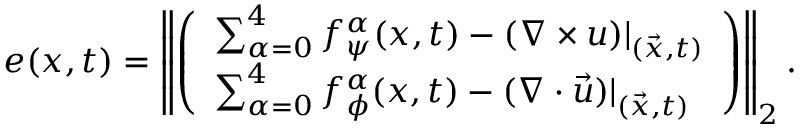
e ( \boldsymbol { x } , t ) = \left\lVert \left( \begin{array} { l } { \sum _ { \alpha = 0 } ^ { 4 } f _ { \psi } ^ { \alpha } ( \boldsymbol { x } , t ) - ( \nabla \times \boldsymbol { u } ) \vert _ { ( \vec { x } , t ) } } \\ { \sum _ { \alpha = 0 } ^ { 4 } f _ { \phi } ^ { \alpha } ( \boldsymbol { x } , t ) - ( \nabla \cdot { \vec { u } } ) \vert _ { ( \vec { x } , t ) } } \end{array} \right) \right\rVert _ { 2 } .